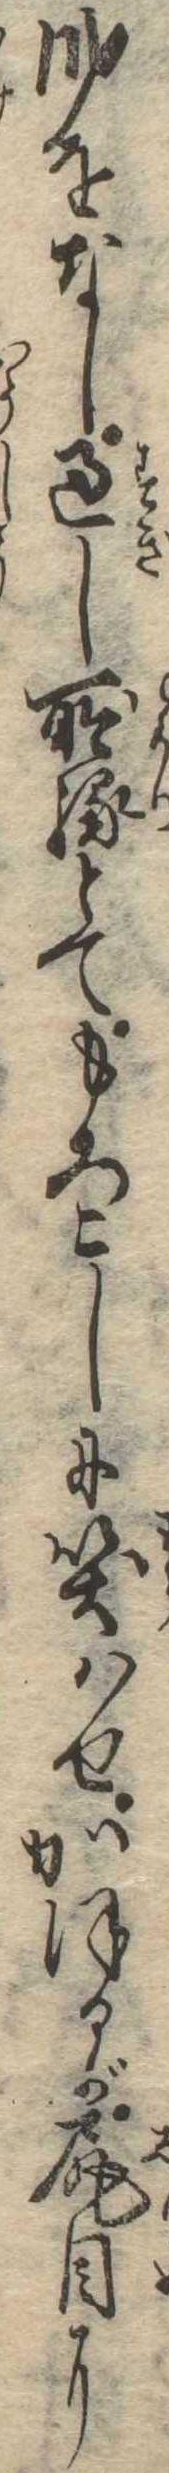
身をなし過し所縁とてもろこしに笑はせかほるが尻目に